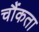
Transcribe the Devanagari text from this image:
चौंकता